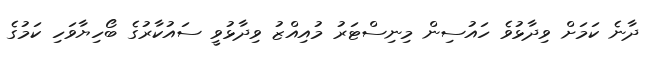
ދާނެ ކަމަަށް ވިދާޅުވެ ހައުސިން މިނިސްޓަރު މުއިއްޒު ވިދާޅުވީ ސައުކާރުގެ ބޯހިޔާވަހި ކަމުގެ